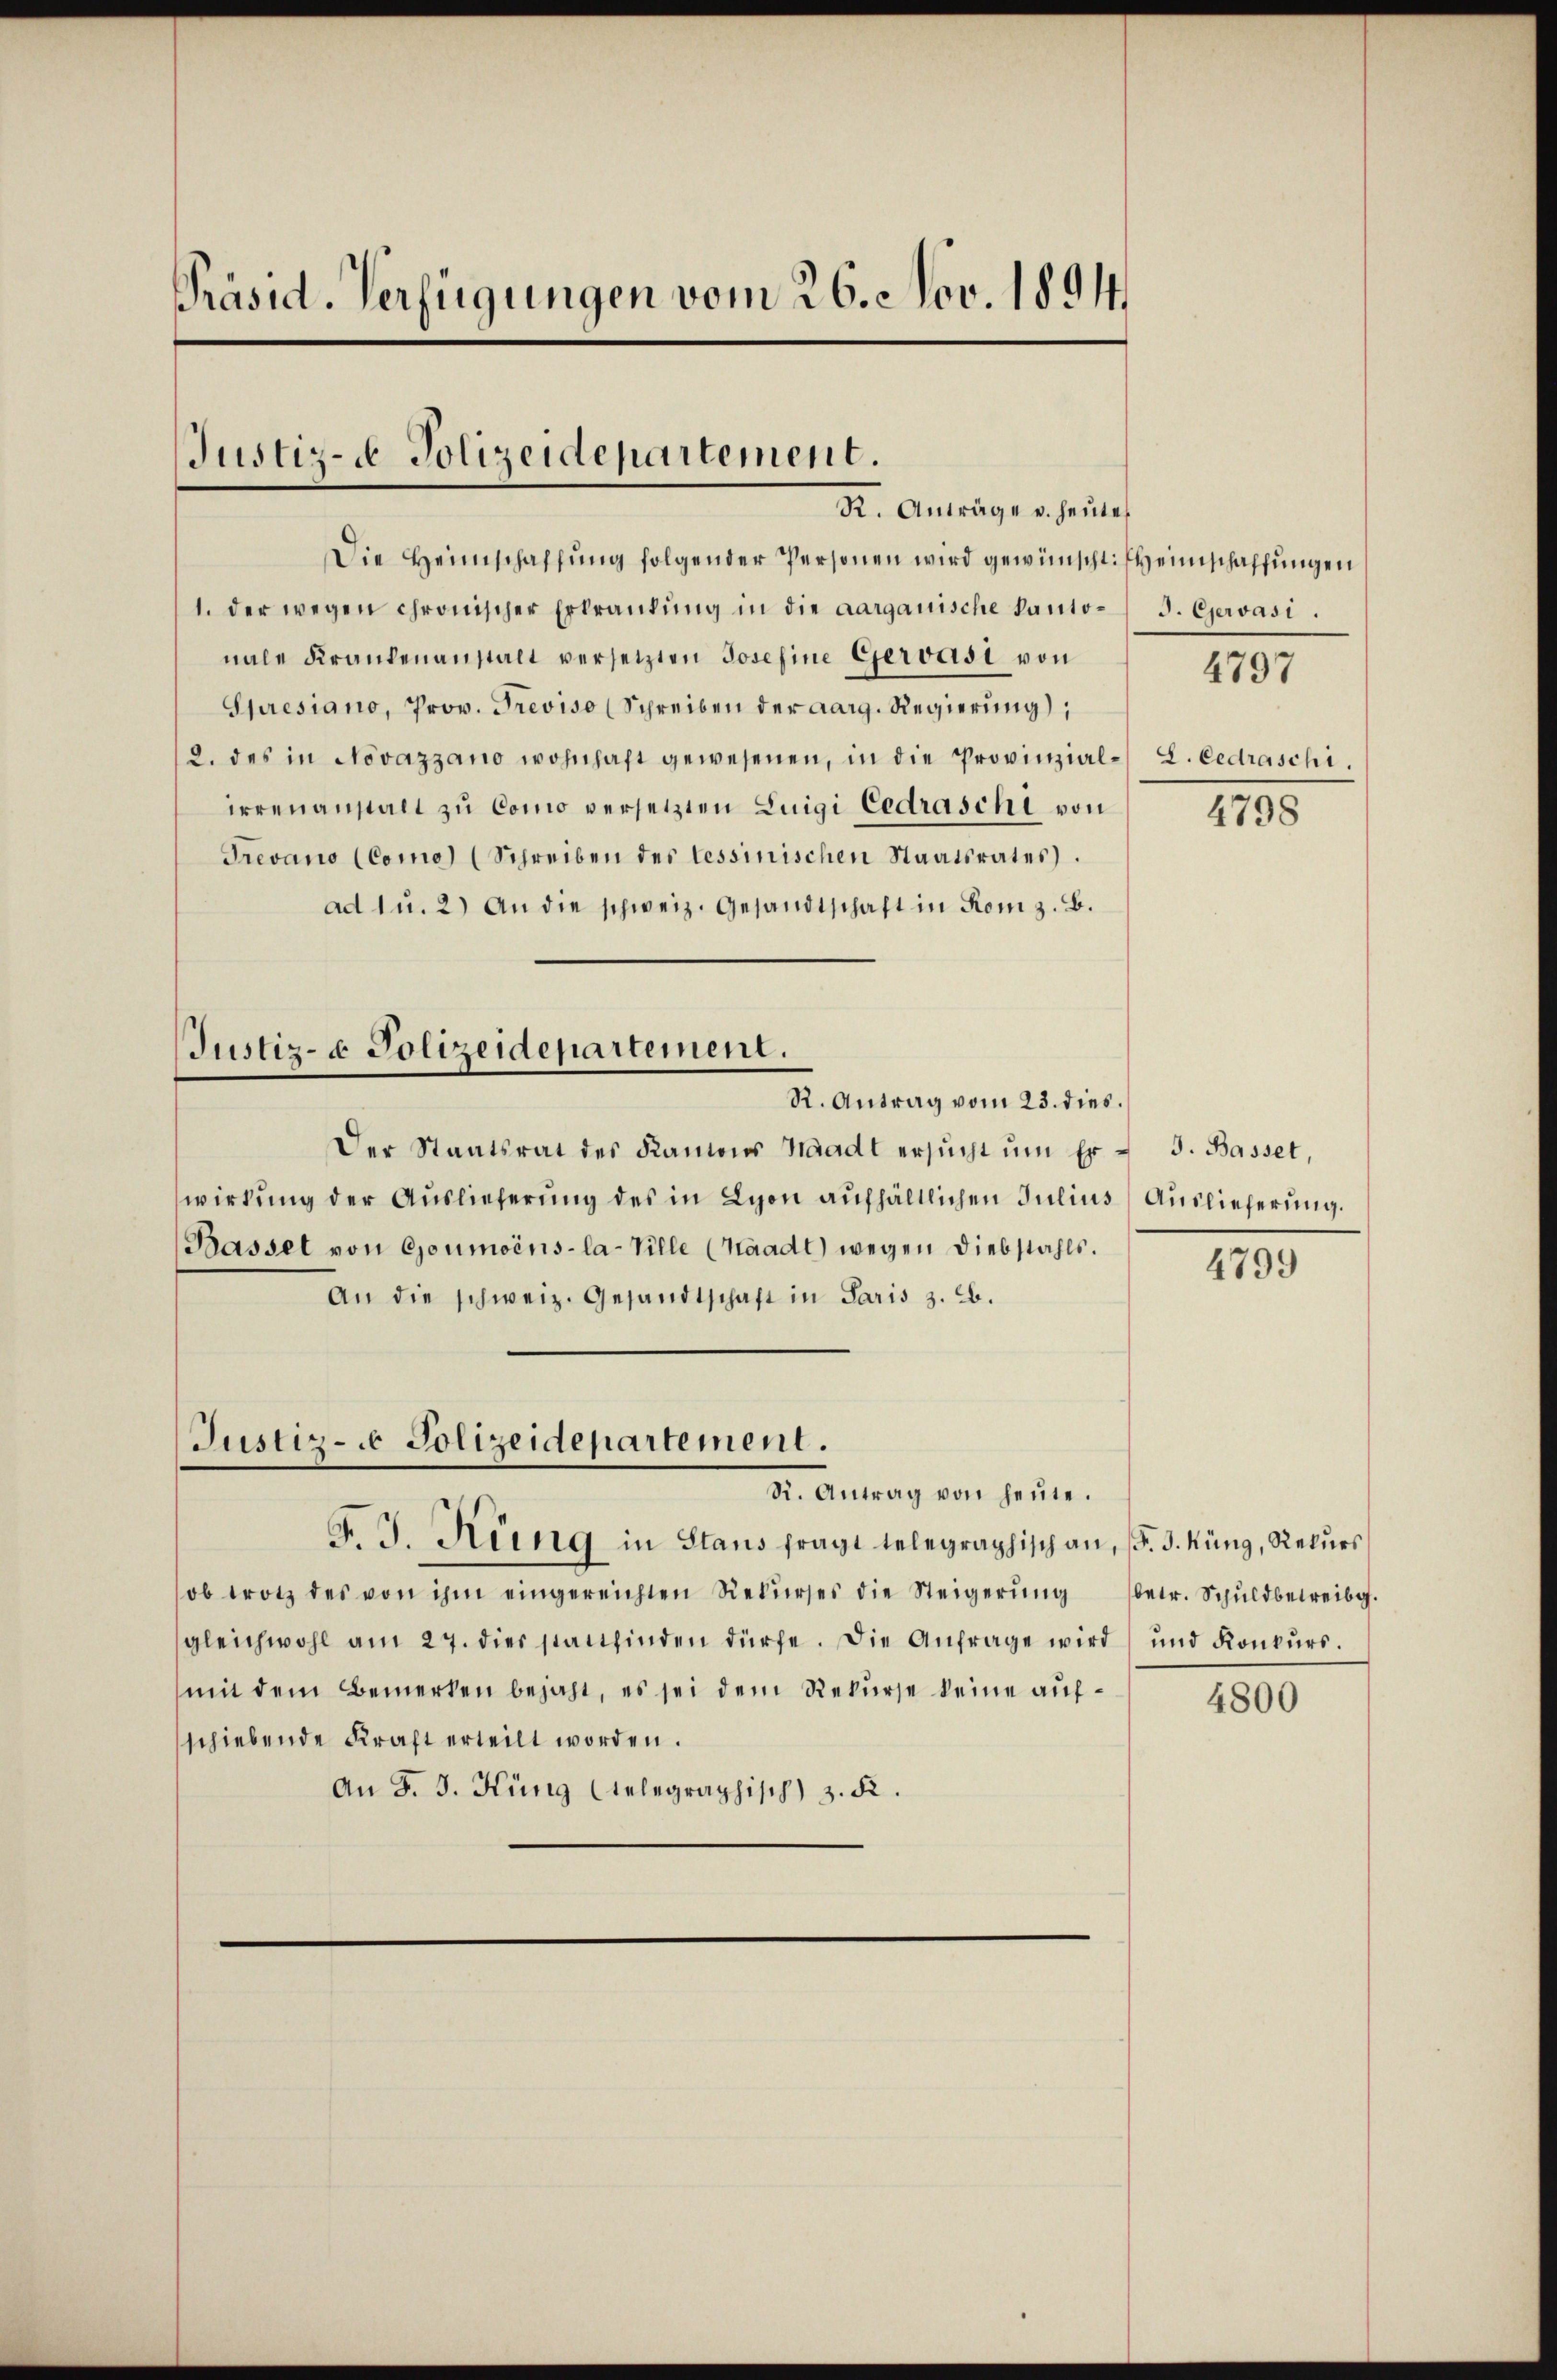
Präsid. Verfügungen vom 26. Nov. 1894.

Justiz- & Polizeidepartement.
K. Anträge v. heute

Die Heimschaffung folgender Personen wird gewünscht. Heimschaffungen
1. der wegen chronischer Erkrankŭng in die aargauische Kanto- J. Gervasi.
nale Frankenanstalt versetzten Josefine Gervasi von
Spresiano, Prov. Treviso (Schreiben der aarg. Regierung),
2. des in Novazzano wohnhaft gewesenen, in die Provinzial-L. Cedraschi.
irrenanstalt zu Como versetzten Luigi Cedraschi von
Frevano (Como) (Schreiben der lessinischen Staatsrates.
ad 1 u. 2) An die schweiz. Gesandtschaft in Rom z. B.
Justiz- & Polizeidepartement.
R. Antrag vom 23. dies.
Der Staatsrat des Kamens Waadt ersŭcht ŭm Er - 3. Basset,
wirkung der Auslieferung des in Lyon aufhältlichen Julius Auslieferung.
Bassel von Goumoins-la-Ville (Waadt) wegen Diebstahls.
An die schweiz. Gesandtschaft in Paris z. B.

Justiz- Polizeidepartement.
R. Antrag von heute.
F. J. Küng in Stans fragt telegraphisch an, (§. 3. Küng, Rekurs

4797

ob trotz des von ihm eingereichten Rekŭrses die Steigerŭng (betr. Schŭldbetreibg.
gleichwohl am 27. dies stattfinden dürfe. Die Anfrage wird und Konkŭrs.
mit dem Bemerken bejaht, es sei dem Rekurse keine aufschiebende Kraft erteilt worden.
An F. J. Küng telegraphisch) 3. d.

4798

4799

4800